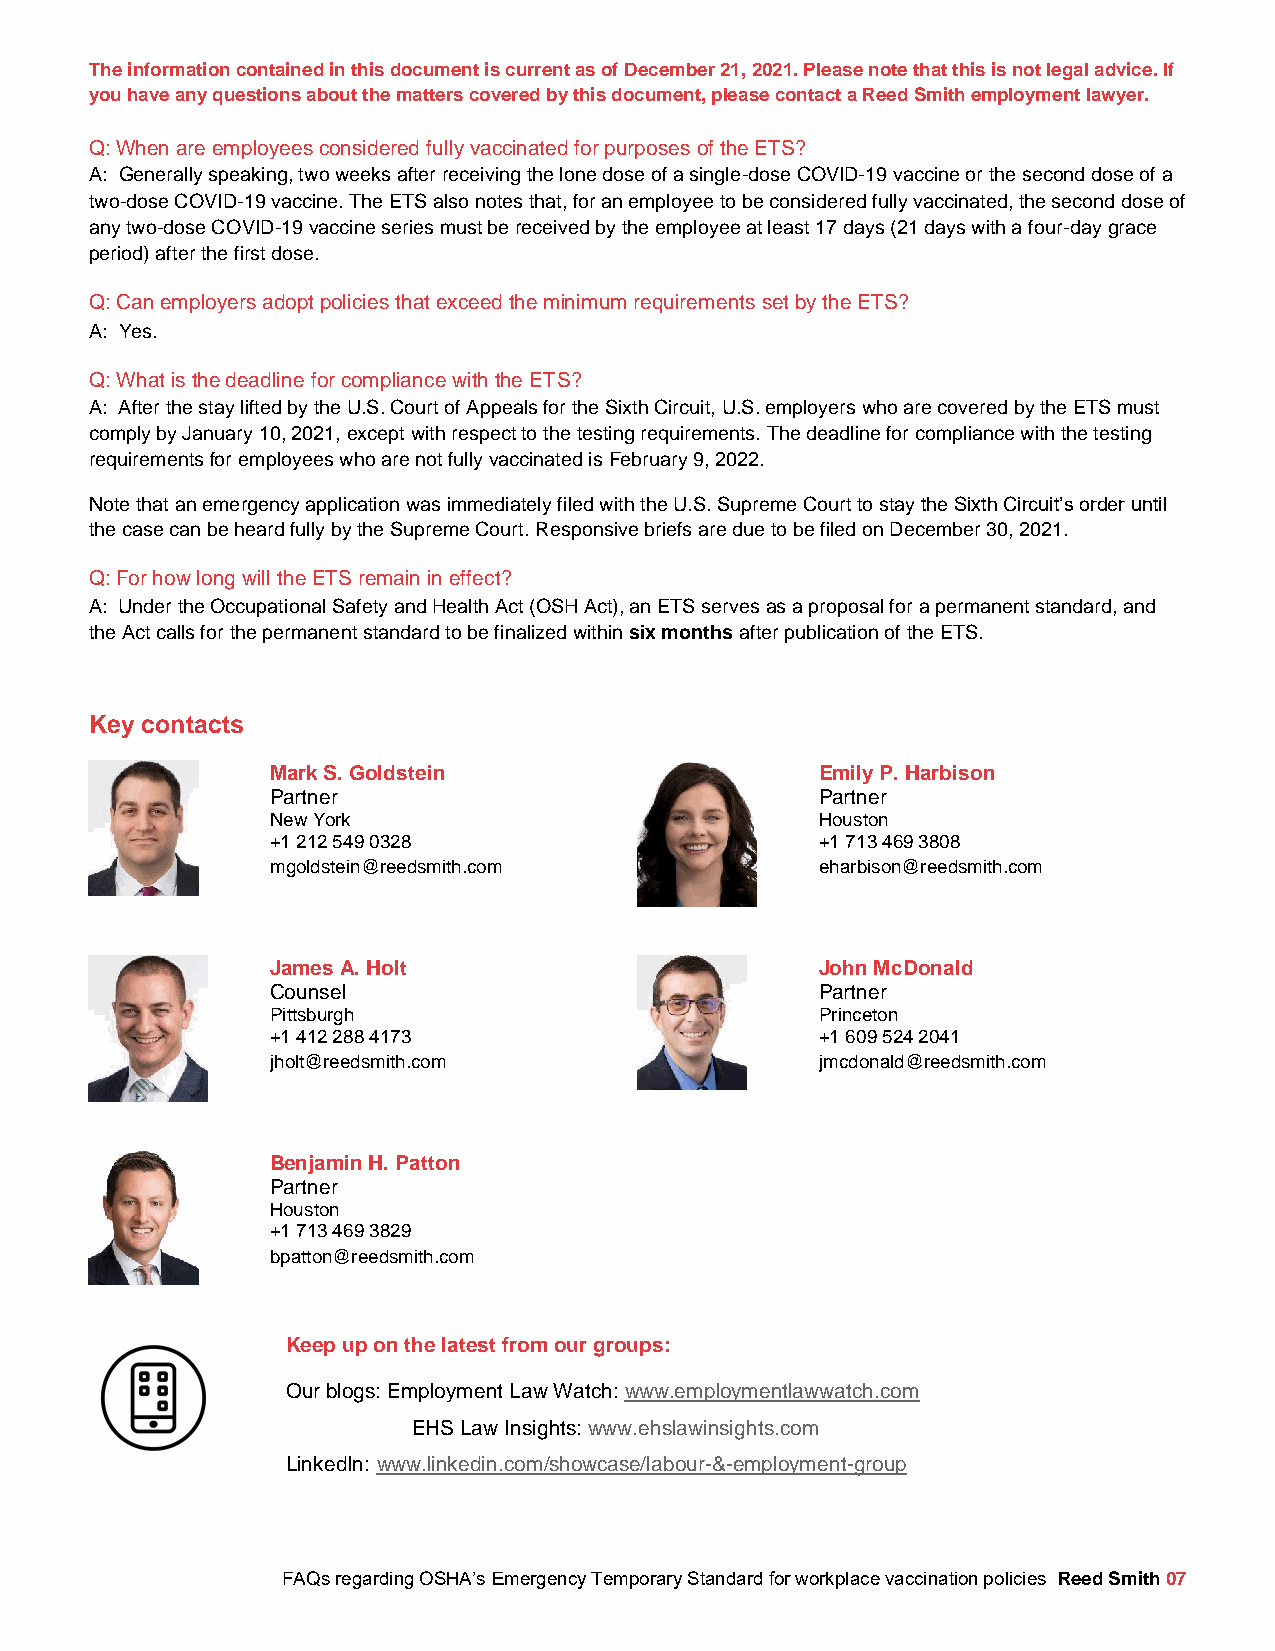
The information contained in this document is current as of December 21, 2021. Please note that this is not legal advice. If
 you have any questions about the matters covered by this document, please contact a Reed Smith employment lawyer.
 Q: When are employees considered fully vaccinated for purposes of the ETS?
 A: Generally speaking, two weeks after receiving the lone dose of a single-dose COVID-19 vaccine or the second dose of a
 two-dose COVID-19 vaccine. The ETS also notes that, for an employee to be considered fully vaccinated, the second dose of
 any two-dose COVID-19 vaccine series must be received by the employee at least 17 days (21 days with a four-day grace
 period) after the first dose.
 Q: Can employers adopt policies that exceed the minimum requirements set by the ETS?
 A: Yes.
 Q: What is the deadline for compliance with the ETS?
 A: After the stay lifted by the U.S. Court of Appeals for the Sixth Circuit, U.S. employers who are covered by the ETS must
 comply by January 10, 2021, except with respect to the testing requirements. The deadline for compliance with the testing
 requirements for employees who are not fully vaccinated is February 9, 2022.
 Note that an emergency application was immediately filed with the U.S. Supreme Court to stay the Sixth Circuit’s order until
 the case can be heard fully by the Supreme Court. Responsive briefs are due to be filed on December 30, 2021.
 Q: For how long will the ETS remain in effect?
 A: Under the Occupational Safety and Health Act (OSH Act), an ETS serves as a proposal for a permanent standard, and
 the Act calls for the permanent standard to be finalized within six months after publication of the ETS.
 Key contacts
 Mark S. Goldstein                   Emily P. Harbison
 Partner                             Partner
 New York                            Houston
 +1 212 549 0328                     +1 713 469 3808
 mgoldstein@reedsmith.com            eharbison@reedsmith.com
 James A. Holt                       John McDonald
 Counsel                             Partner
 Pittsburgh                          Princeton
 +1 412 288 4173                     +1 609 524 2041
 jholt@reedsmith.com                 jmcdonald@reedsmith.com
 Benjamin H. Patton
 Partner
 Houston
 +1 713 469 3829
 bpatton@reedsmith.com
 Keep up on the latest from our groups:
 Our blogs: Employment Law Watch: www.employmentlawwatch.com
 EHS Law Insights: www.ehslawinsights.com
 LinkedIn: www.linkedin.com/showcase/labour-&-employment-group
 FAQs regarding OSHA’s Emergency Temporary Standard for workplace vaccination policies Reed Smith 07